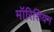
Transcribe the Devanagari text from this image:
मॉरिशियन